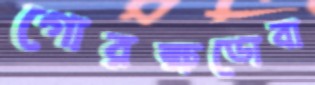
গোরক্ষডোবা